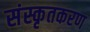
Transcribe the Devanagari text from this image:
संस्कृतकरण